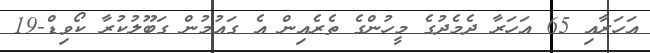
އަހަރާއި 65 އަހަރާ ދެމެދުގެ މީހުންގެ ތެރެއިން އެ ގައުމުން ގަބޫލުކުރާ ކޯވިޑް-19